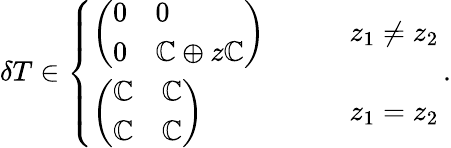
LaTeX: \delta T\in\left\{ \begin{array}{ll}{\left(\begin{array}{ll}{0}&{0}\\ {0}&{\mathbb{C}\oplus z\mathbb{C}}\end{array}\right)}&{\qquad z_{1}\neq z_{2}}\\ {\left(\begin{array}{ll}{\mathbb{C}}&{\mathbb{C}}\\ {\mathbb{C}}&{\mathbb{C}}\end{array}\right)}&{\qquad z_{1}=z_{2}}\end{array}\right.\, .